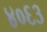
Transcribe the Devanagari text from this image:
४०६३